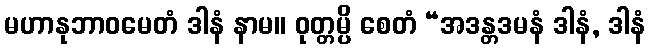
မဟာနုဘာဝမေတံ ဒါနံ နာမ။ ဝုတ္တမ္ပိ စေတံ “အဒန္တဒမနံ ဒါနံ, ဒါနံ